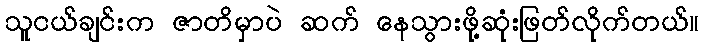
သူငယ်ချင်းက ဇာတိမှာပဲ ဆက် နေသွားဖို့ဆုံးဖြတ်လိုက်တယ်။